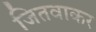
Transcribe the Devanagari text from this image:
जितवाकर